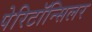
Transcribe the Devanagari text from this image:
पेरिटॉन्सिलर